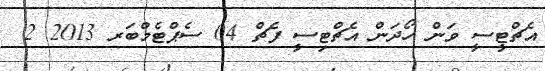
އެޗްޓީސީ ވަން ހޯދަން އެޗްޓިސީ ފެޗް 04 ސެޕްޓެމްބަރ 2013 2